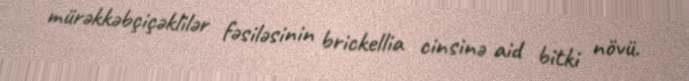
mürəkkəbçiçəklilər fəsiləsinin brickellia cinsinə aid bitki növü.